Vaccination in Bombay 1869-1873 - 1869-1873
Year: 1869
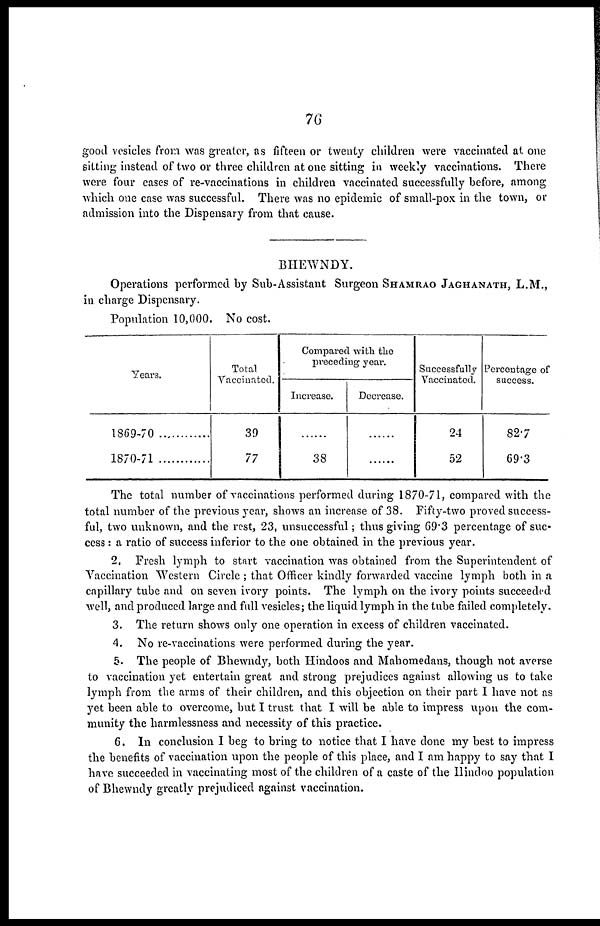
76
good vesicles from was greater, as fifteen or twenty children were vaccinated at one
sitting instead of two or three children at one sitting in weekly vaccinations. There
were four cases of re-vaccinations in children vaccinated successfully before, among
which one case was successful. There was no epidemic of small-pox in the town, or
admission into the Dispensary from that cause.
BHEWNDY.
Operations performed by Sub-Assistant Surgeon SHAMRAO JAGHANATH, L.M.,
in charge Dispensary.
Population 10,000. No cost.
Years.
1869-70
1870-71
Total
Vaccinated.
39
77
Compared with the
preceding year.
Increase.
......
38
Decrease.
......
......
Successfully
Vaccinated.
24
52
Percentage of
success.
82.7
69.3
The total number of vaccinations performed during 1870-71, compared with the
total number of the previous year, shows an increase of 38. Fifty-two proved success-
ful, two unknown, and the rest, 23, unsuccessful; thus giving 69.3 percentage of suc-
cess : a ratio of success inferior to the one obtained in the previous year.
2. Fresh lymph to start vaccination was obtained from the Superintendent of
Vaccination Western Circle ; that Officer kindly forwarded vaccine lymph both in a
capillary tube and on seven ivory points. The lymph on the ivory points succeeded
well, and produced large and full vesicles; the liquid lymph in the tube failed completely.
3. The return shows only one operation in excess of children vaccinated.
4. No re-vaccinations were performed during the year.
5. The people of Bhewndy, both Hindoos and Mahomedans, though not averse
to vaccination yet entertain great and strong prejudices against allowing us to take
lymph from the arms of their children, and this objection on their part I have not as
yet been able to overcome, but I trust that I will be able to impress upon the com-
munity the harmlessness and necessity of this practice.
6. In conclusion I beg to bring to notice that I have done my best to impress
the benefits of vaccination upon the people of this place, and I am happy to say that I
have succeeded in vaccinating most of the children of a caste of the Hindoo population
of Bhewndy greatly prejudiced against vaccination.